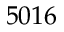
5 0 1 6